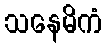
သနေမိကံ